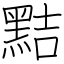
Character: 黠